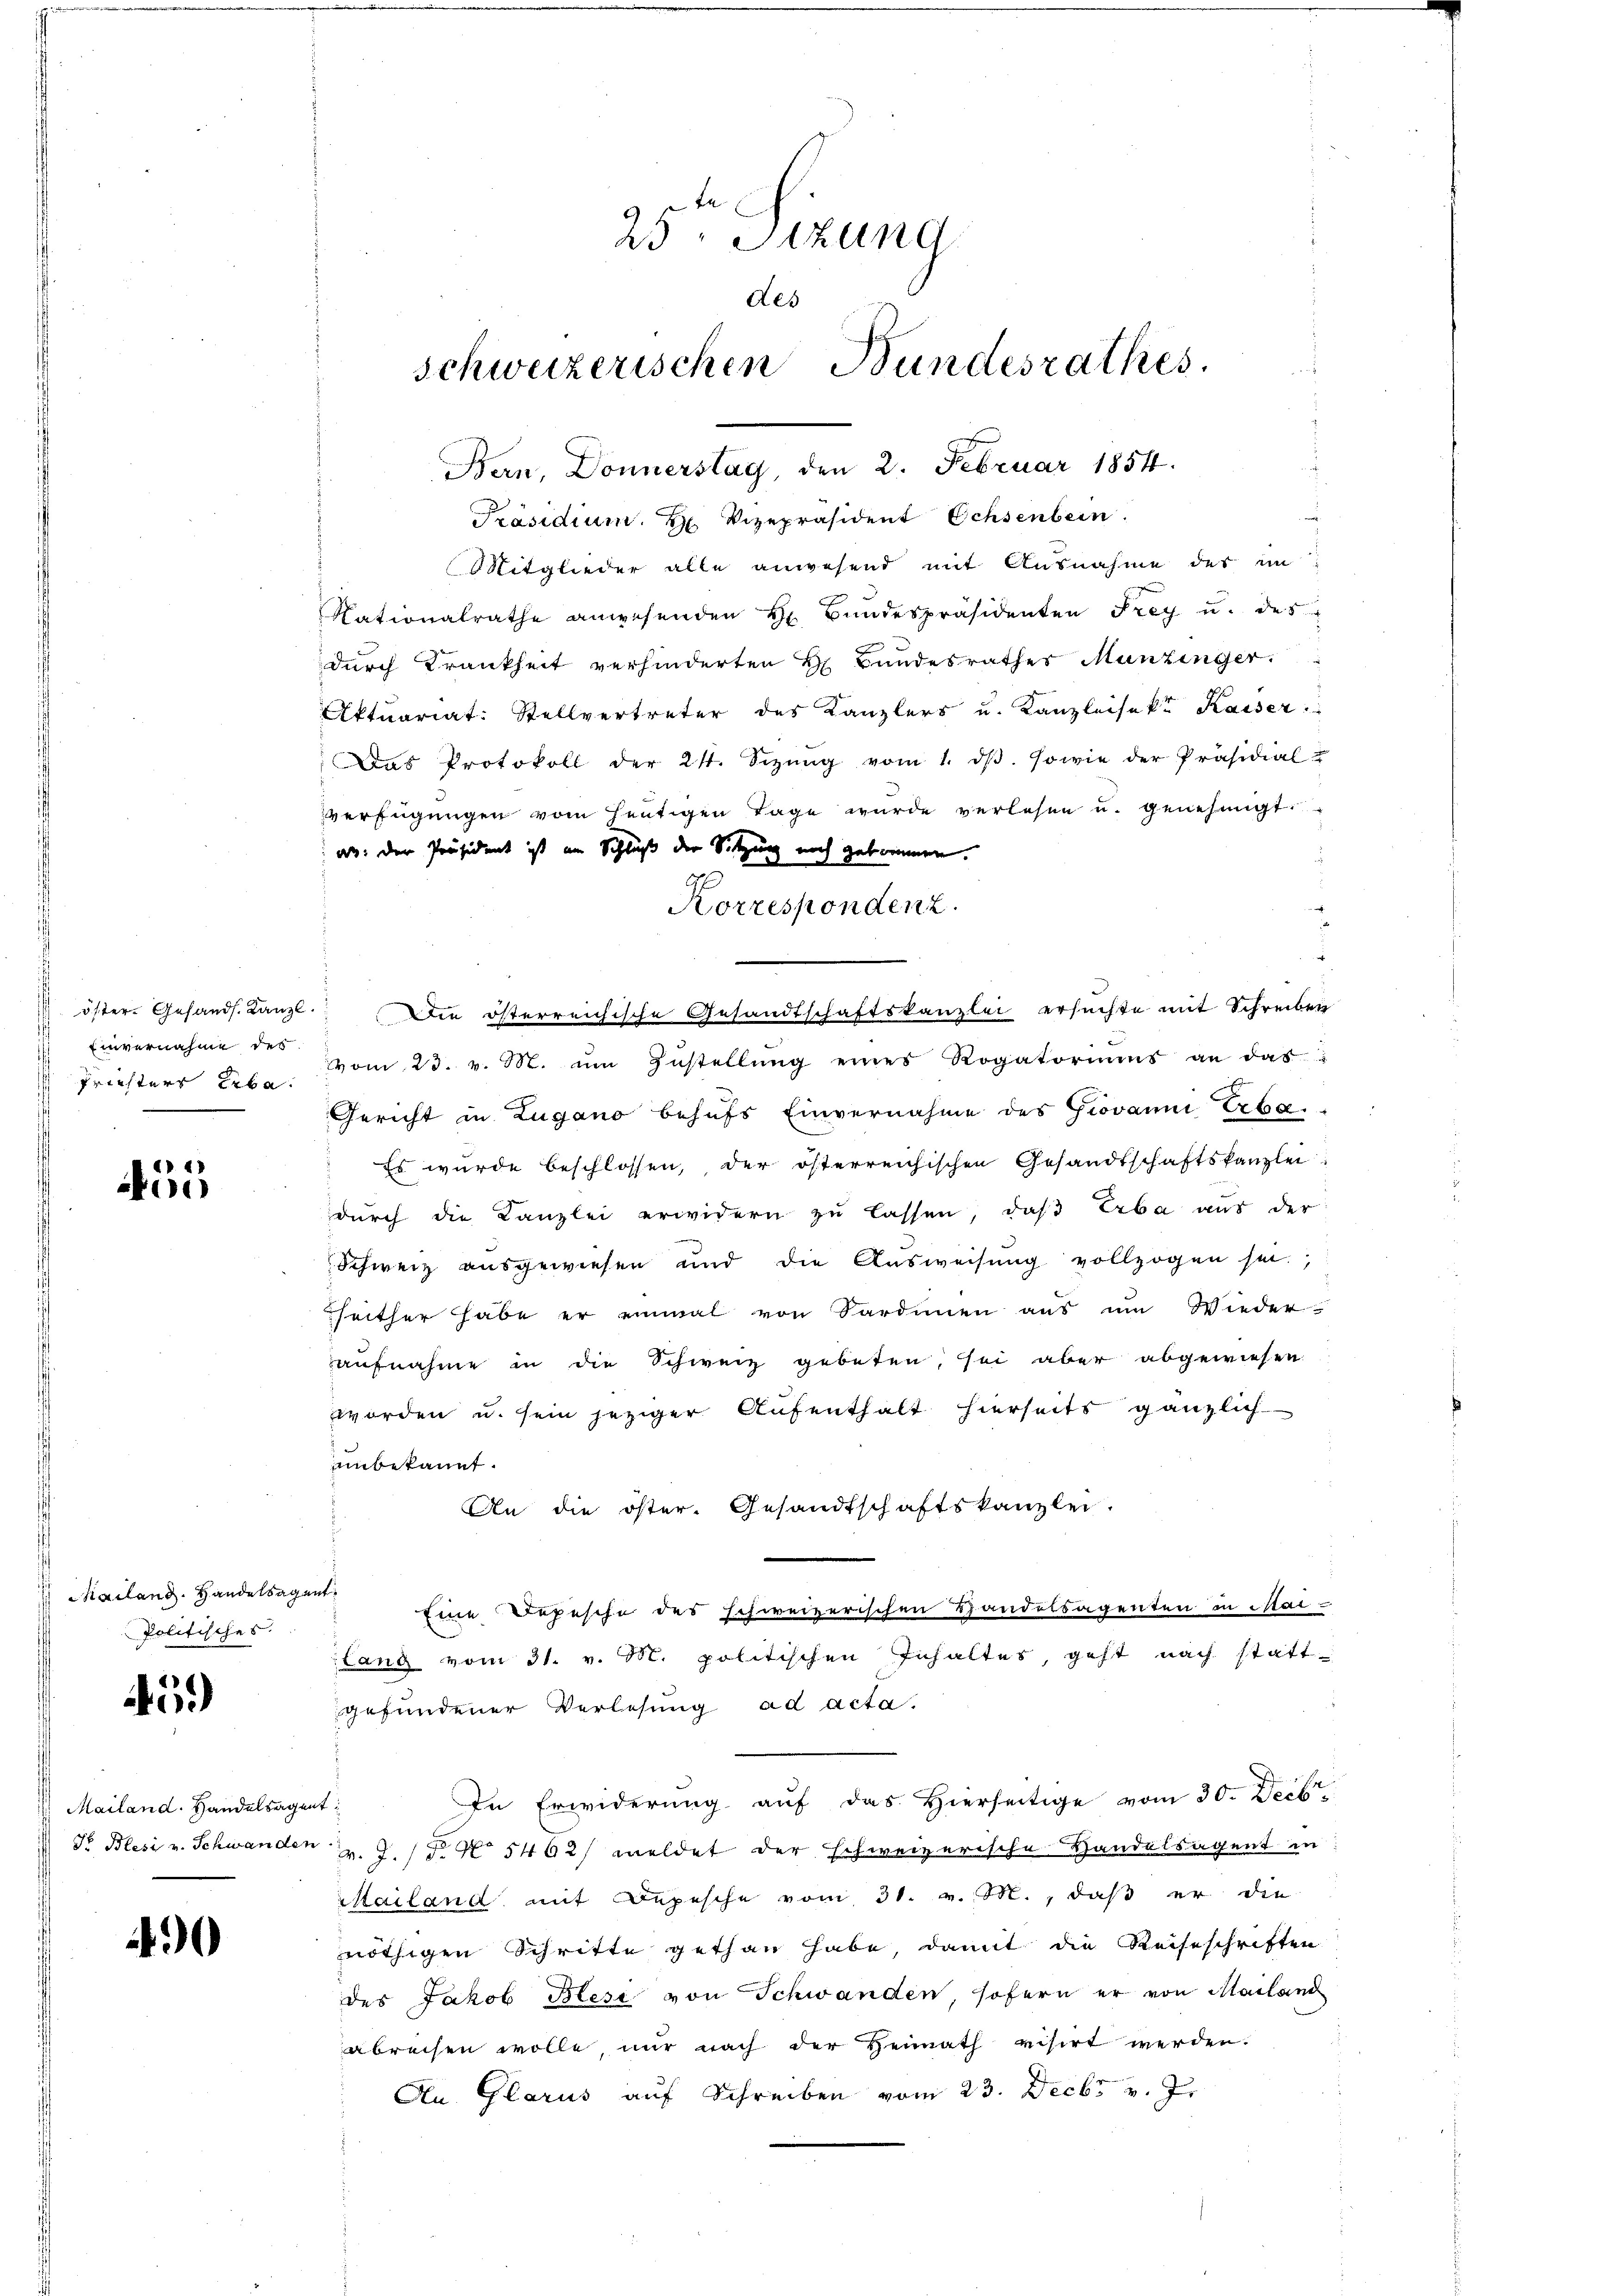
Friesters Erba

455

Mailand. Handelsagent
Politisches.

A

Mailand. Handelsagent

490

25. Sizung
des
schweizerischen Bundesrathes.

verfügŭngen vom heŭtigen Tage wurde verlesen u. genehmigt.
ar: der Präsident ist im Schluß der Sitzung noch gekommen.
Korrespondenz.

Bern, Donnerstag, den 2. Februar 1854.
Präsidium. H. Vizepräsident Ochsenbein
Mitglieder alle anwesend mit Ausnahme des im
Nationalrathe anwesenden Hr. Bundespräsidenten Frey u. des
durch Krankheit verhinderten H. Bundesrathes Munzinger.
Aktuariat: Stellvertreter des Kanzlers u. Kanzleisekt Kaiser.
Das Protokoll der 21. Sizŭng vom 1. dβ. sowie der Präsidial-
.
öster. Gesandt. Kanzl. Die österreichische Gesandtschaftskanzlei ersuchte mit Schreiben
Einvernahme des vom 23. v. M. ŭm Zŭstellŭng eines Rogatoriums an das
Gericht in Zugano behufs Einvernahme des Giovanni, Erba
Es wurde beschlossen, der österreichischen Gesandtschaftskanzlei:
durch die Kanzlei erwidern zu lassen, daß Erba aus der
Schweiz ausgewiesen und die Aŭsweisŭng vollzogen sei.
heither habe er einmal von Sardinen aus um Wieder-
aufnahme in die Schweiz gebeten, sei aber abgewiesen
worden u. sein jeziger Aufenthalt hierseits gänzlich
unbekannt.
An die öster. Gesandtschaftskanzlei.
Eine Depesche des schweizerischen Handelsagenten in Mai-
lang vom 31. v. M. politischen Inhaltes, geht nach stattgefundener Verlesung ad acta.
In Erwiderung auf das Hierseitige vom 30. Decbr
Fr Blesi v. Schwanden v. J. (T. No 5462/ meldet der schweizerische Handelsagent in
Mailand mit Depesche vom 31. v. M., daß er die
nöthigen Schritte gethan habe, damit die Reiseschriften
des Jakob Blesi von Schwanden, sofern er von Mailand
abreisen wolle, nur nach der Heimath visirt werden.
An Glarus auf Schreiben vom 23. Decbr v. J.